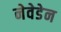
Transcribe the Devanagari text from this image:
नेवेडेन